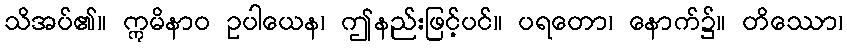
သိအပ်၏။ ဣမိနာဝ ဥပါယေန၊ ဤနည်းဖြင့်ပင်။ ပရတော၊ နောက်၌။ တိဿော၊